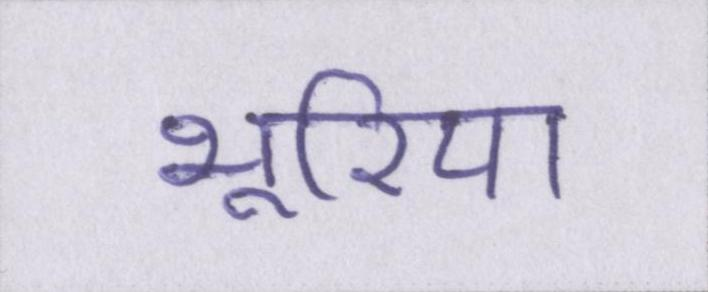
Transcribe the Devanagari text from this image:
भूरिया